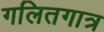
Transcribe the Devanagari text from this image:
गलितगात्र